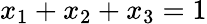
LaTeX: x_{1}+x_{2}+x_{3}=1